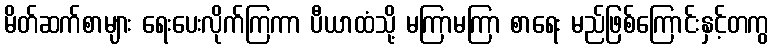
မိတ်ဆက်စာများ ရေးပေးလိုက်ကြကာ ပီယာထံသို့ မကြာမကြာ စာရေး မည်ဖြစ်ကြောင်းနှင့်တကွ